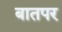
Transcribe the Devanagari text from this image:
बातपर